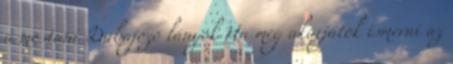
a mostani Dubajozó lányok Ha meg akarjátok ismerni az